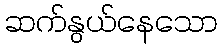
ဆက်နွယ်နေသော